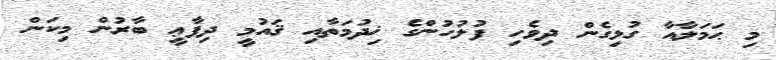
މި ޙަމަލާއާ ގުޅިގެން ދިވެހި ފުލުހުންގެ ޚިދުމަތާއި ޤައުމީ ދިފާޢީ ބާރުން މިކަން